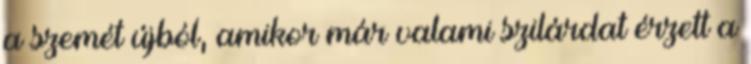
a szemét újból, amikor már valami szilárdat érzett a